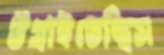
উগ্‌রাইতেছিস